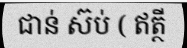
ជាន់ ស៊ប់ ( ឥត្ថី